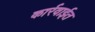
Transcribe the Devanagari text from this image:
कार्रवाईत